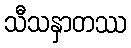
သီသနှာတဿ